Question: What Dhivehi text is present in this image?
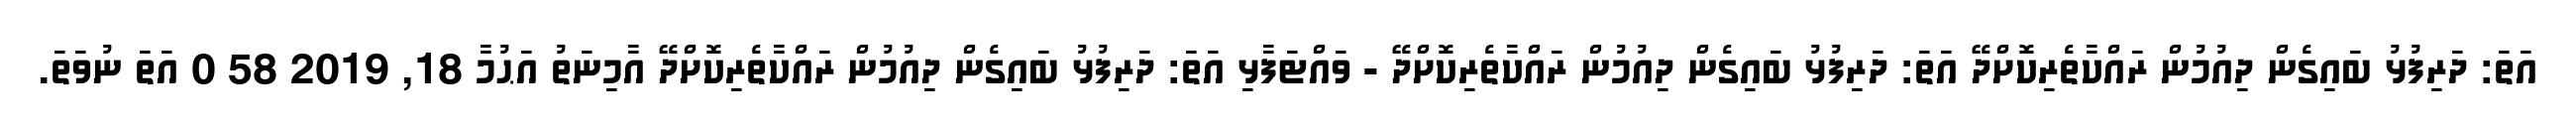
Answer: އަތަ: ދަރިފުޅު ބައިގެން ދިއުމުން ރައްކާތެރިކޮށްދޭ އަތަ: ދަރިފުޅު ބައިގެން ދިއުމުން ރައްކާތެރިކޮށްދޭ - ވައްޓަފާޅި އަތަ: ދަރިފުޅު ބައިގެން ދިއުމުން ރައްކާތެރިކޮށްދޭ އާމިނަތު އަޙުމާ 18, 2019 58 0 އަތަ ނުވަތަ.